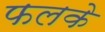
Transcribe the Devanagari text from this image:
फलके